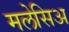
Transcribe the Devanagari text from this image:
मलेसिअ